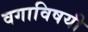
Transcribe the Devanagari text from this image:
वगाविषयी